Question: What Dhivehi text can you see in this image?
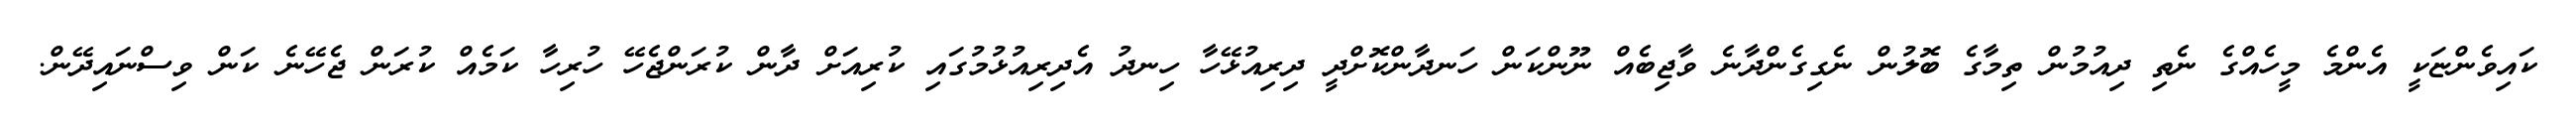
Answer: ކައިވެންޏަކީ އެންމެ މީހެއްގެ ނެތި ދިއުމުން ތިމާގެ ބޮލުން ނެގިގެންދާނެ ވާޖިބެއް ނޫންކަން ހަނދާންކޮށްދީ ދިރިއުޅޭހާ ހިނދު އެދިރިއުޅުމުގައި ކުރިއަށް ދާން ކުރަންޖެހޭ ހުރިހާ ކަމެއް ކުރަން ޖެހޭނެ ކަން ވިސްނައިދޭން.